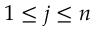
1 \leq j \leq n